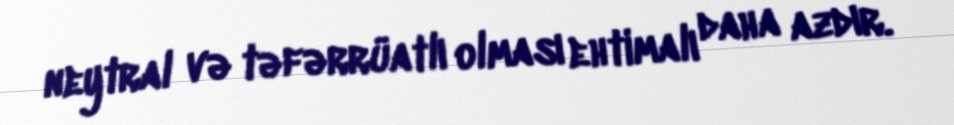
neytral və təfərrüatlı olması ehtimalı daha azdır.